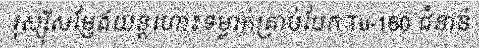
រុស្ស៊ីសម្ញែងយន្តហោះទម្លាក់គ្រាប់បែក Tu-160 ជំនាន់